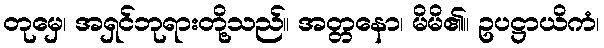
တုမှေ၊ အရှင်ဘုရားတို့သည်။ အတ္တနော၊ မိမိ၏။ ဥပဋ္ဌာယိကံ၊